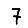
Digit: 7